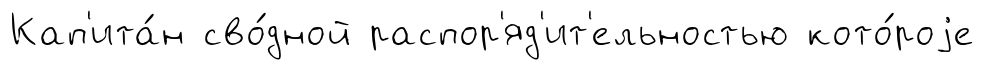
Кап'ита́н сво́дной распор'яд'ит'ельностью кото́роjе